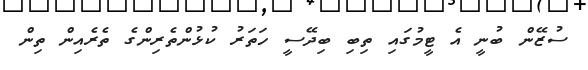
ސުޒޭން ބުނީ އެ ޓީމުގައި ތިބި ބިދޭސީ ހަތަރު ކުޅުންތެރިންގެ ތެރެއިން ތިން